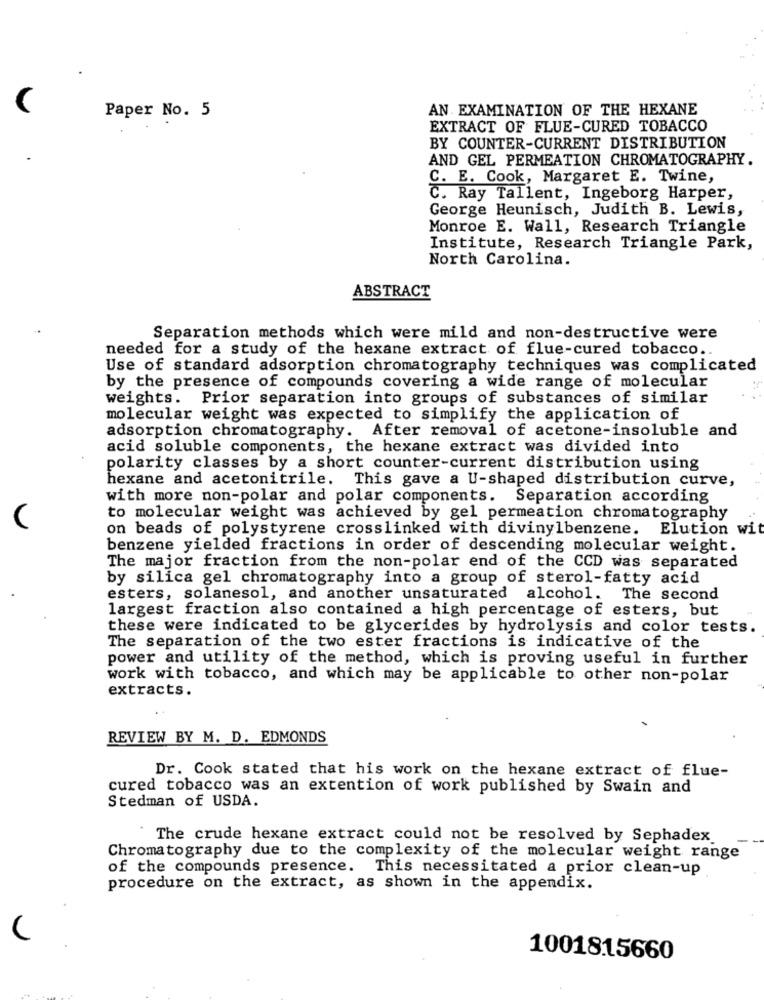
AN. EXAMINATION OF THE HEXANE
Paper No. 5
EXTRACT OF FLUE-CURED TOBACCO
BY COUNTER-CURRENT DISTRIBUTION
AND GEL PERMEATION CHROMATOGRAPHY.
C. E. Cook, Margaret E. Twine,
C. Ray Tallent, Ingeborg Harper,
George Heunisch, Judith B. Lewis,
Monroe E. Wall, Research Triangle
Institute, Research Triangle Park,
North Carolina.
ABSTRACT
Separation methods which were mild and non-destructive were
needed for a study of the hexane extract of flue-cured tobacco ..
Use of standard adsorption chromatography techniques was complicated
by the presence of compounds covering a wide range of molecular
weights. Prior separation into groups of substances of similar
molecular weight was expected to simplify the application of
adsorption chromatography. After removal of acetone-insoluble and
acid soluble components, the hexane extract was divided into
polarity classes by a short counter-current distribution using
hexane and acetonitrile. This gave a U-shaped distribution curve,
with more non-polar and polar components. Separation according
to molecular weight was achieved by gel permeation chromatography
on beads of polystyrene crosslinked with divinylbenzene. Elution wit
benzene yielded fractions in order of descending molecular weight.
The major fraction from the non-polar end of the CCD was separated
by silica gel chromatography into a group of sterol-fatty acid
esters, solanesol, and another unsaturated alcohol. The second
largest fraction also contained a high percentage of esters, but
these were indicated to be glycerides by hydrolysis and color tests.
The separation of the two ester fractions is indicative of the
power and utility of the method, which is proving useful in further
work with tobacco, and which may be applicable to other non-polar
extracts.
REVIEW BY M. D. EDMONDS
Dr. Cook stated that his work on the hexane extract of flue-
cured tobacco was an extention of work published by Swain and
Stedman of USDA.
The crude hexane extract could not be resolved by Sephadex
Chromatography due to the complexity of the molecular weight range
of the compounds presence. This necessitated a prior clean-up
procedure on the extract, as shown in the appendix.
1001815660